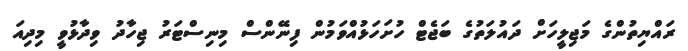
ރައްޔިތުންގެ މަޖިލީހަށް ދައުލަތުގެ ބަޖެޓް ހުށަހަޅުއްވަމުން ފިނޭންސް މިނިސްޓަރު ޖިހާދު ވިދާޅުވީ މިދިއަ